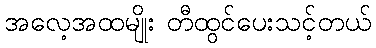
အလေ့အထမျိုး တီထွင်ပေးသင့်တယ်